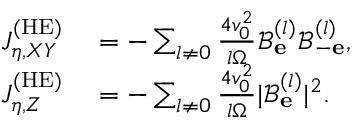
\begin{array} { r l } { J _ { \eta , X Y } ^ { \mathrm { ( H E ) } } } & { { } = - \sum _ { l \neq 0 } \frac { 4 v _ { 0 } ^ { 2 } } { l \Omega } \mathcal { B } _ { \bf e } ^ { ( l ) } \mathcal { B } _ { - \bf e } ^ { ( l ) } , } \\ { J _ { \eta , Z } ^ { \mathrm { ( H E ) } } } & { { } = - \sum _ { l \neq 0 } \frac { 4 v _ { 0 } ^ { 2 } } { l \Omega } | \mathcal { B } _ { \bf e } ^ { ( l ) } | ^ { 2 } . } \end{array}